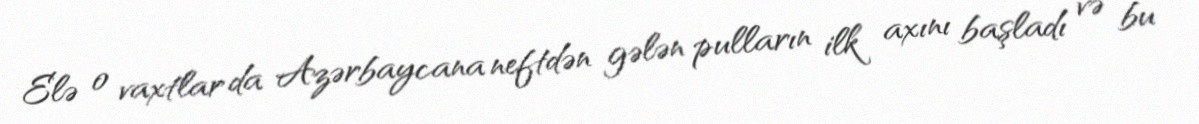
Elə o vaxtlar da Azərbaycana neftdən gələn pulların ilk axını başladı və bu